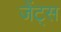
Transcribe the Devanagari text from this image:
जेंट्स